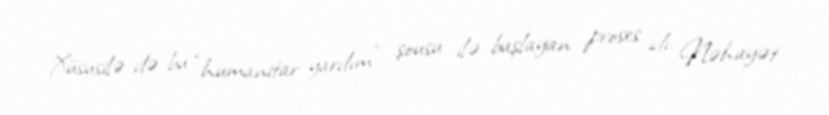
Xüsusilə də bu “humanitar yardım” şousu ilə başlayan proses idi. Nəhayət